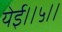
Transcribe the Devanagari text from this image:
येई।।५।।